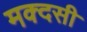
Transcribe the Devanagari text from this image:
मक्दसी